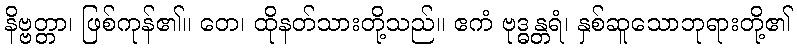
နိဗ္ဗတ္တာ၊ ဖြစ်ကုန်၏။ တေ၊ ထိုနတ်သားတို့သည်။ ဧကံ ဗုဒ္ဓန္တရံ၊ နှစ်ဆူသောဘုရားတို့၏